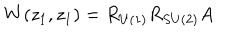
W ( z _ { 1 } , z _ { 1 } ) = R _ { U ( 1 ) } R _ { S U ( 2 ) } A